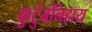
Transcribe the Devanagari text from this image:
कुटुंबनिहाय